Civil Veterinary Department. United Provinces 1932-42 - 1932-1942
Year: 1932
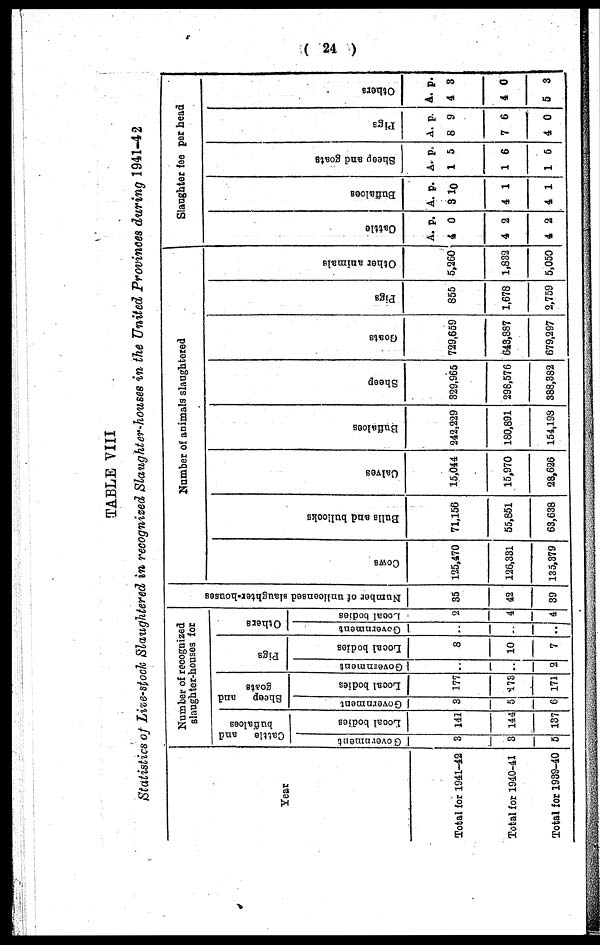
( 24 )
TABLE VIII
Statistics of Live-stock Slaughtered in recognized Slaughter-houses in the United Provinces during 1941-42
Year
Total for 1941-42
Total for 1940-41
Total for 1939-40
Number of recognized
slaughter-houses for
Cattle
and
buffaloes
Government
3
3
5
Looal bodies
141
144
137
Sheep
and
goats
Government
3
5
6
Local bodies
177
178
171
Pigs
Government
..
..
2
Local bodies
8
10
7
Others
Government
..
..
..
Local bodies
2
4
4
Number of unlicensed slaughter-houses
35
42
39
Number of animals slaughtered
COWS
125,470
126,331
135,379
Bul l a and bul l
ocks
71,156
55,851
63,638
Cal ves
15,044
15,970
28,626
Buf f
a l
oe s
242,229
180,891
154,198
Sheep
329,965
298,576
388,382
Goat s
729,659
643,887
679,297
Pigs
855
1,678
2,759
Ot her animals
5,260
1,832
5,050
Slaughter fee per head
Cat t l e
A.
4
4
4
p.
0
2
2
Buf f
a l
oe s
A.
3
4
4
p.
10
1
1
Sheep and goats
A.
1
1
1
p.
5
6
5
Pigs
A.
8
7
4
p.
9
6
0
Ot her s
A.
4
4
5
p.
3
0
3